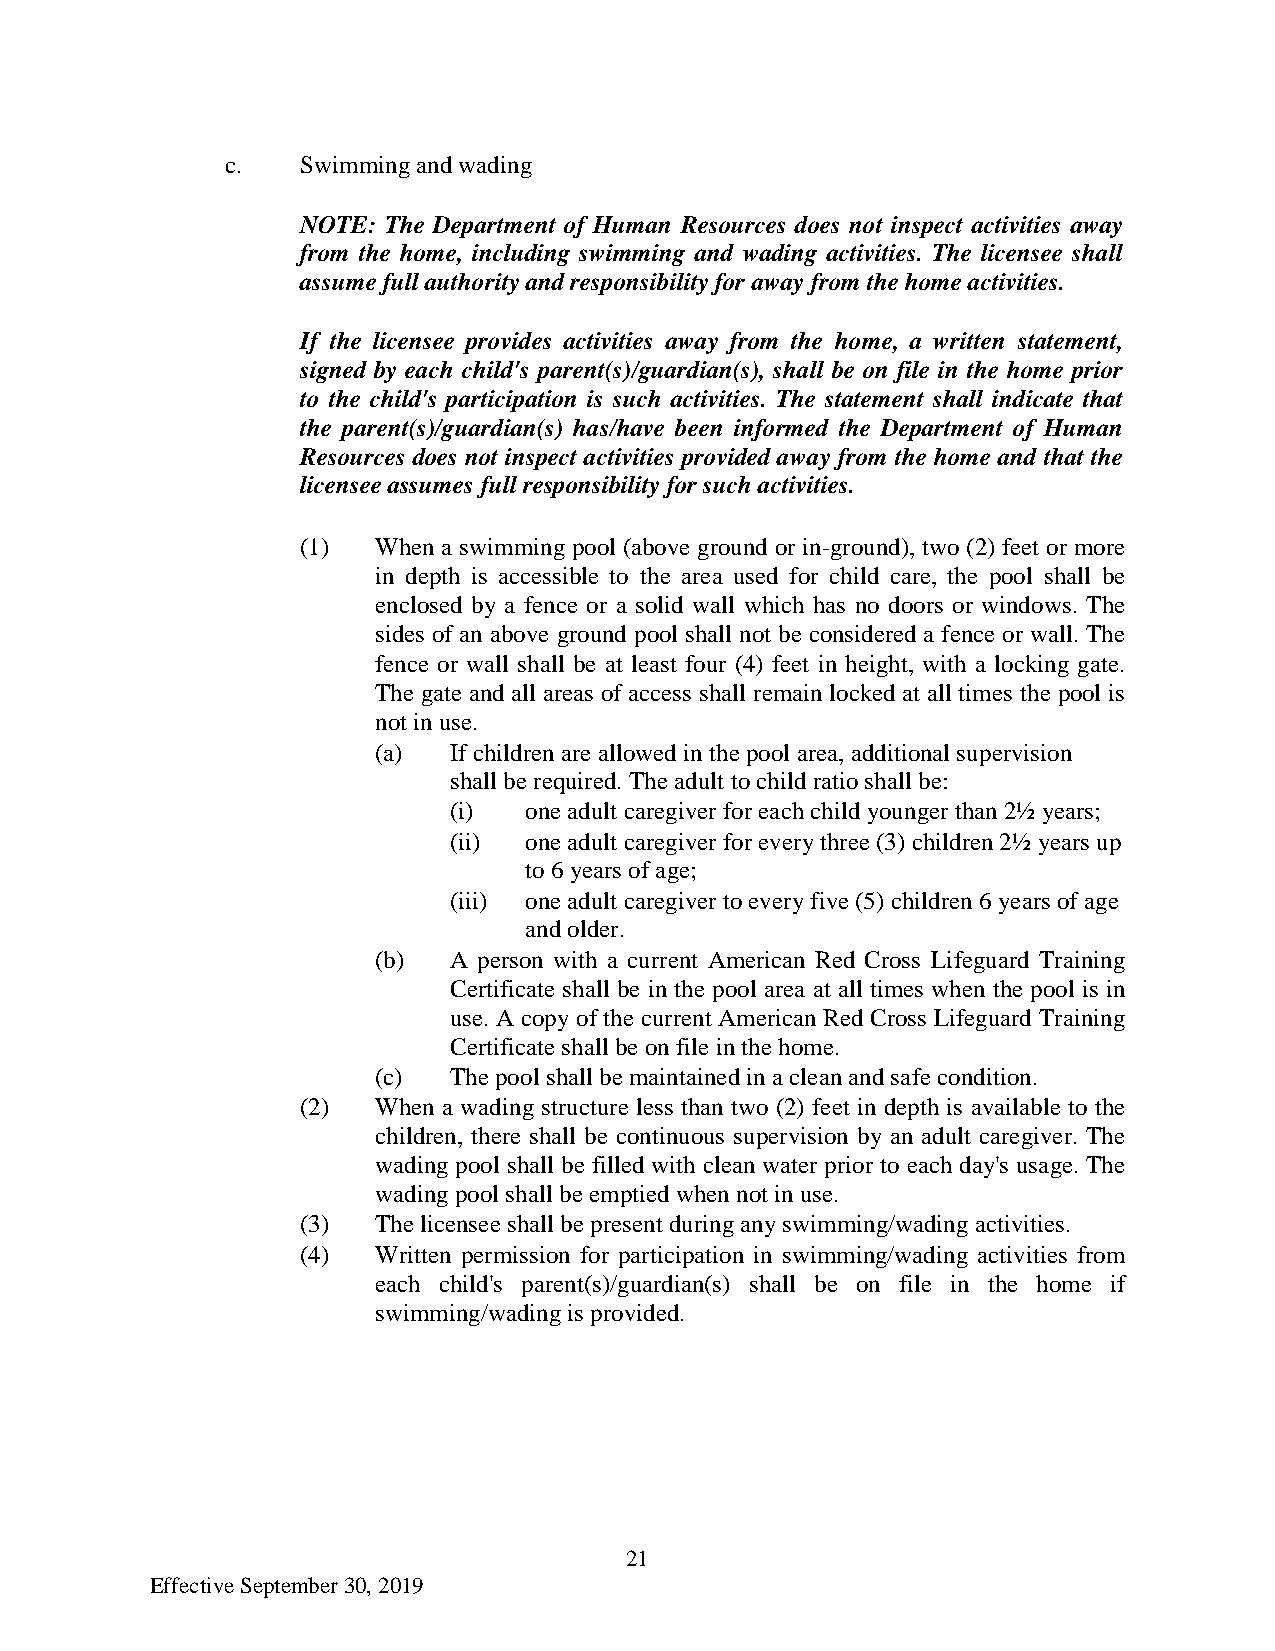
c.   Swimming and wading
 NOTE: The Department of Human Resources does not inspect activities away
 from the home, including swimming and wading activities. The licensee shall
 assume full authority and responsibility for away from the home activities.
 If the licensee provides activities away from the home, a written statement,
 signed by each child's parent(s)/guardian(s), shall be on file in the home prior
 to the child's participation is such activities. The statement shall indicate that
 the parent(s)/guardian(s) has/have been informed the Department of Human
 Resources does not inspect activities provided away from the home and that the
 licensee assumes full responsibility for such activities.
 (1)  When a swimming pool (above ground or in-ground), two (2) feet or more
 in depth is accessible to the area used for child care, the pool shall be
 enclosed by a fence or a solid wall which has no doors or windows. The
 sides of an above ground pool shall not be considered a fence or wall. The
 fence or wall shall be at least four (4) feet in height, with a locking gate.
 The gate and all areas of access shall remain locked at all times the pool is
 not in use.
 (a)  If children are allowed in the pool area, additional supervision
 shall be required. The adult to child ratio shall be:
 (i)  one adult caregiver for each child younger than 2½ years;
 (ii) one adult caregiver for every three (3) children 2½ years up
 to 6 years of age;
 (iii) one adult caregiver to every five (5) children 6 years of age
 and older.
 (b)  A person with a current American Red Cross Lifeguard Training
 Certificate shall be in the pool area at all times when the pool is in
 use. A copy of the current American Red Cross Lifeguard Training
 Certificate shall be on file in the home.
 (c)  The pool shall be maintained in a clean and safe condition.
 (2)  When a wading structure less than two (2) feet in depth is available to the
 children, there shall be continuous supervision by an adult caregiver. The
 wading pool shall be filled with clean water prior to each day's usage. The
 wading pool shall be emptied when not in use.
 (3)  The licensee shall be present during any swimming/wading activities.
 (4)  Written permission for participation in swimming/wading activities from
 each child's parent(s)/guardian(s) shall be on file in the home if
 swimming/wading is provided.
 21
 Effective September 30, 2019